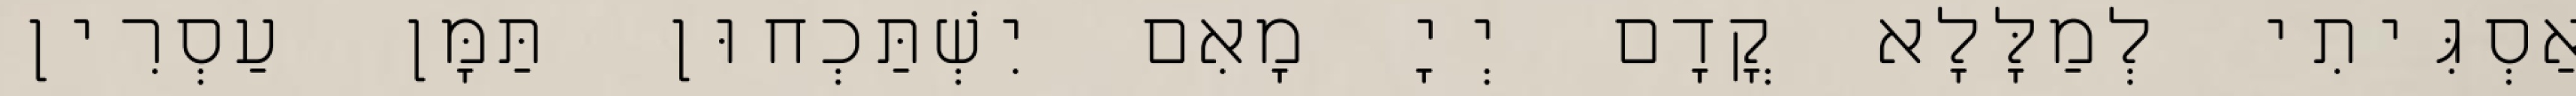
אַסְגִּיתִי לְמַלָּלָא קֳדָם יְיָ מָאִם יִשְׁתַּכְחוּן תַּמָּן עַסְרִין